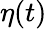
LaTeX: \eta(t)